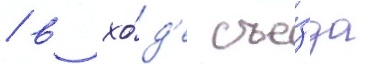
/ в хо́д'е съе́зда